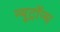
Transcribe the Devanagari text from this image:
न्युट्रॉन्स